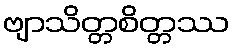
ဗျာသိတ္တစိတ္တဿ